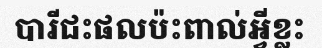
បារីជះផលប៉ះពាល់អ្វីខ្លះ